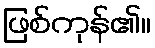
ဖြစ်ကုန်၏။